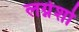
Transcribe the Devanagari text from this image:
लग्नेशो